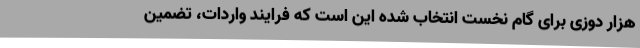
هزار دوزی برای گام نخست انتخاب شده این است که فرایند واردات، تضمین